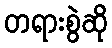
တရားစွဲဆို